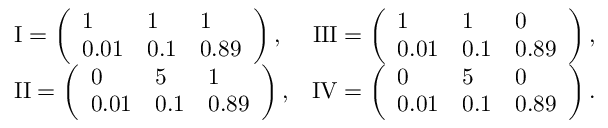
\begin{array} { r l r } & { \mathrm { I } = \left( \begin{array} { l l l } { 1 } & { 1 } & { 1 } \\ { 0 . 0 1 } & { 0 . 1 } & { 0 . 8 9 } \end{array} \right) , } & { \mathrm { I I I } = \left( \begin{array} { l l l } { 1 } & { 1 } & { 0 } \\ { 0 . 0 1 } & { 0 . 1 } & { 0 . 8 9 } \end{array} \right) , } \\ & { \mathrm { I I } = \left( \begin{array} { l l l } { 0 } & { 5 } & { 1 } \\ { 0 . 0 1 } & { 0 . 1 } & { 0 . 8 9 } \end{array} \right) , } & { \mathrm { I V } = \left( \begin{array} { l l l } { 0 } & { 5 } & { 0 } \\ { 0 . 0 1 } & { 0 . 1 } & { 0 . 8 9 } \end{array} \right) . } \end{array}